system: You are a helpful assistant.
user:
Analyze the provided spectrum to determine if it is a **"Cataclysmic Variables (CV)"**.

- **Key Indicators for CV (Check for either state):**
    - **State 1: Quiescent / Low-State (Emission-Dominated)**
        - **(Primary):** Strong and *very broad* Hydrogen Balmer emission lines (e.g., $H\alpha$ at 6563 Å, $H\beta$ at 4861 Å). The 'broadness' (high velocity dispersion, often FWHM > 1000 km/s) is the key diagnostic, indicating a high-velocity accretion disk.
        - **(Secondary):** Broad neutral Helium (He I) emission lines (e.g., 5876 Å, 6678 Å).
        - **(Key Confirmation):** Presence of high-excitation *ionized* Helium (He II) emission at 4686 Å. This is a strong indicator of accretion onto a white dwarf.
        - **(Line Profile):** Emission lines may exhibit a 'double-peaked' profile, which is a classic signature of a rotating accretion disk viewed at high inclination.

    - **State 2: Outburst / High-State (Absorption-Dominated)**
        - **(Primary):** Spectrum is dominated by a bright, blue continuum (looks like a hot star).
        - **(Secondary):** The emission lines from State 1 are weak, absent, or 'filled in', and are replaced by broad, shallow *absorption* lines (primarily Balmer and He I).
        - **(Morphology):** The overall spectrum mimics a hot B/A-type star. The crucial difference is that the absorption lines are significantly broader, shallower, and more 'washed-out' (or 'smeared') than the sharp lines of a normal stellar photosphere, due to high rotational speeds and pressure broadening in the disk.

Think first, call **spectral_visualization_tool** if needed to examine features in detail, then provide your final answer. Your response must adhere to the following strict rules:
1.  **Overall Structure:** Your response must follow the format `<think>...</think> <tool_call>...</tool_call> (if a tool is used) <answer>...</answer>`.
2.  **Tool Usage Constraint:** You may only make **one** tool call per turn.
3.  **Final Answer Format:** In the `<answer>` tag, your conclusion must be inside a `\boxed{}` command (e.g., `\boxed{YES}`), followed by your justification.

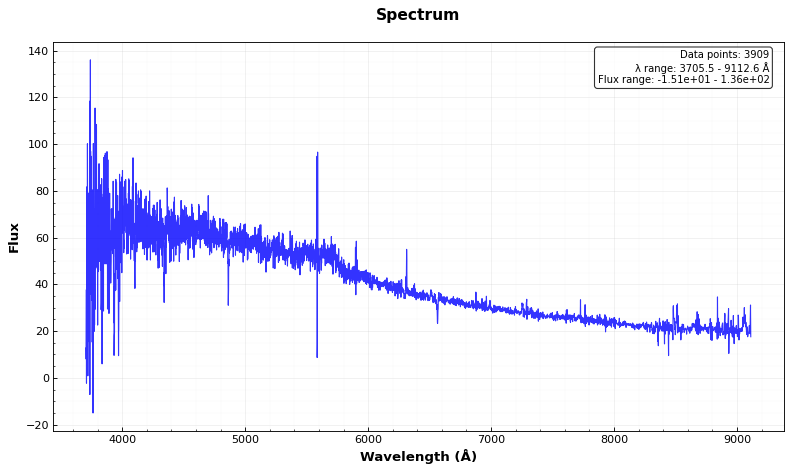
Answer: NO